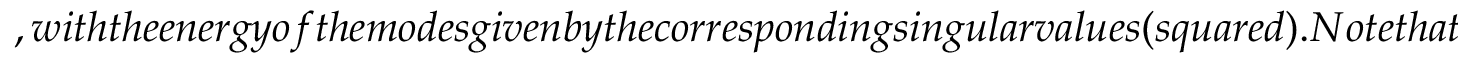
, w i t h t h e e n e r g y o f t h e m o d e s g i v e n b y t h e c o r r e s p o n d i n g s i n g u l a r v a l u e s ( s q u a r e d ) . N o t e t h a t u s i n g a